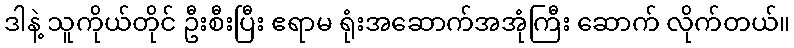
ဒါနဲ့ သူကိုယ်တိုင် ဦးစီးပြီး ဧရာမ ရုံးအဆောက်အအုံကြီး ဆောက် လိုက်တယ်။